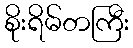
စိုးရိမ်တကြီး